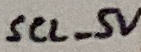
Text: SCL_5V